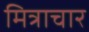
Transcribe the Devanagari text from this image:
मित्राचार